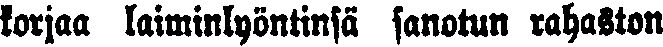
korjaa laiminlyöntinsä sanotun rahaston